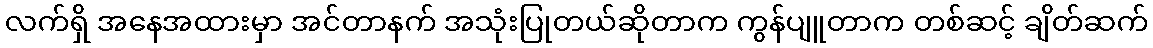
လက်ရှိ အနေအထားမှာ အင်တာနက် အသုံးပြုတယ်ဆိုတာက ကွန်ပျူတာက တစ်ဆင့် ချိတ်ဆက်